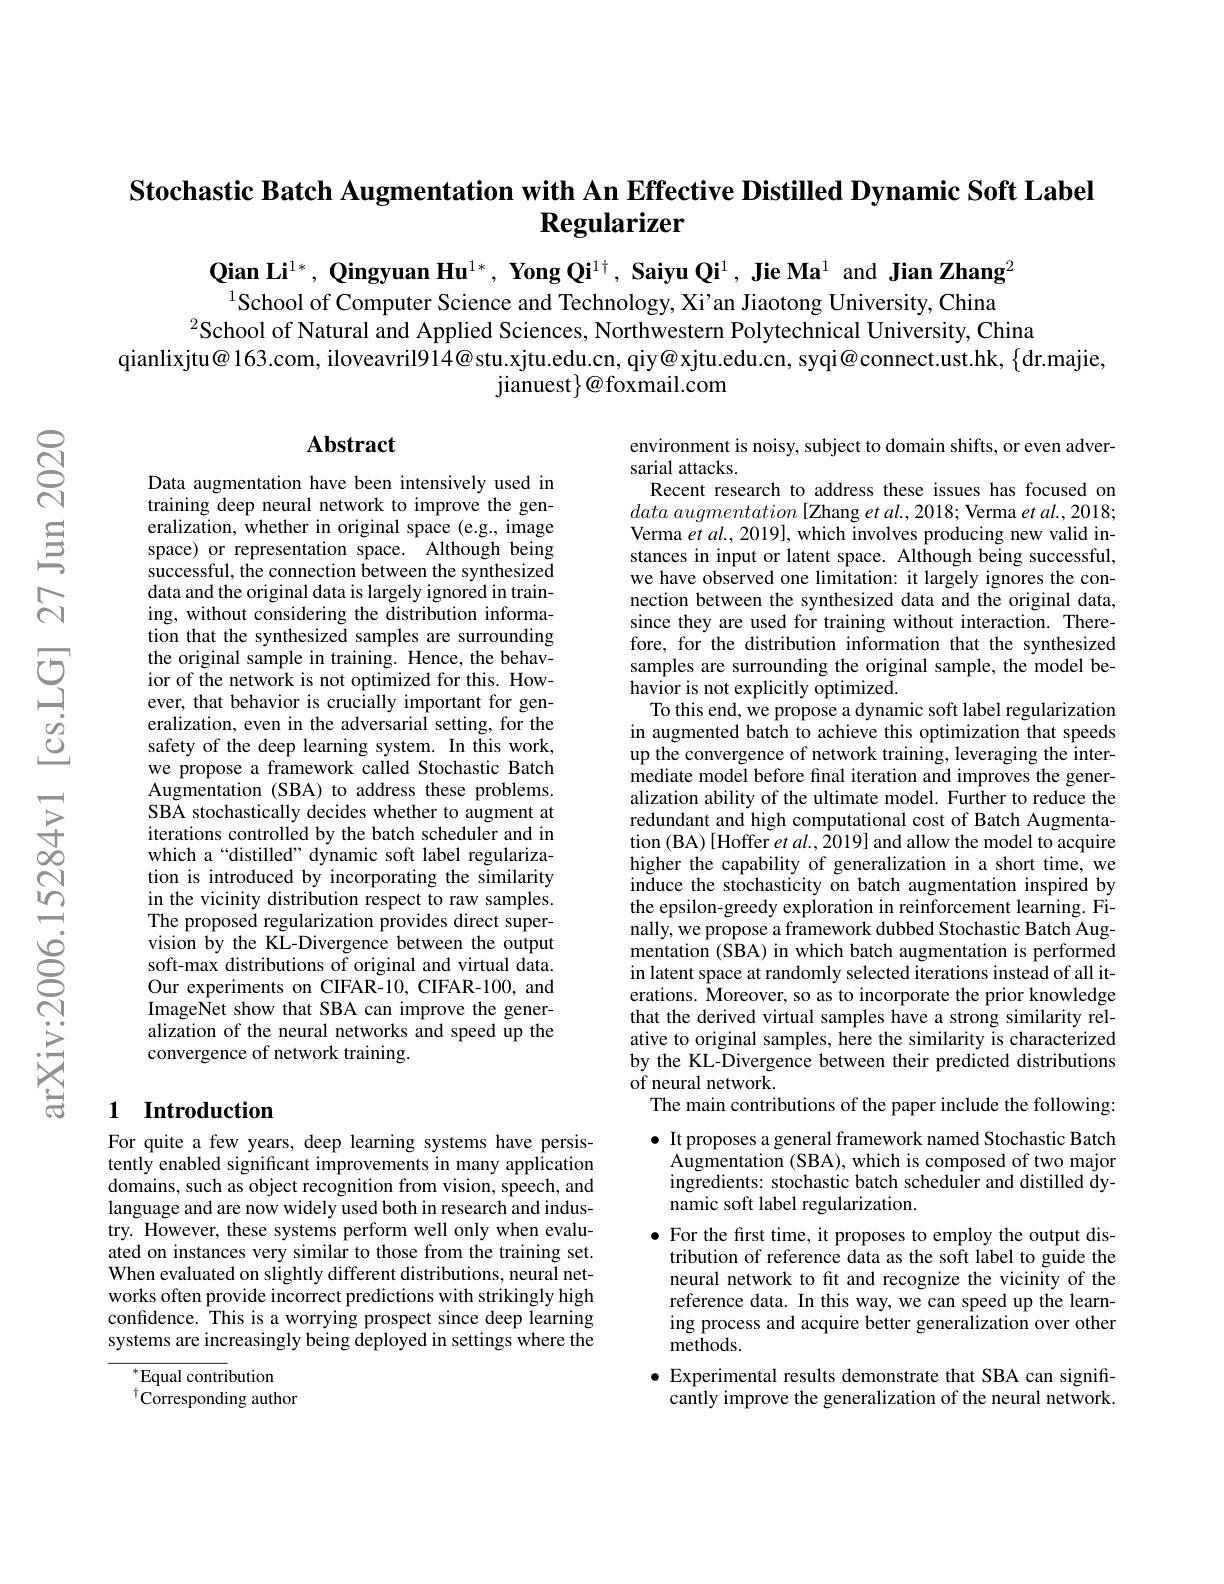
Stochastic Batch Augmentation with An Effective Distilled Dynamic Soft Label
# $\textbf{Regularizer}$

$\textbf{Qian Li}^{1*},\textbf{ Qingyuan Hu}^{1*},\textbf{ Yong Qi}^{1\dagger},\textbf{ Saiyu Qi}^{1},\textbf{ Jie Ma}^{1}$ and Jian Zhang$^2$ $^{1}$School of Computer Science and Technology, Xi’an Jiaotong University, China
$^{2}$School of Natural and Applied Sciences, Northwestern Polytechnical University, China
qianlixjtu@ 163.com, iloveavril914@stu.xjtu.edu.cn, qiy@xjtu.edu.cn, syqi@connect.ust.hk, $\{$dr.majie,
jianuest$\}@$foxmail.com

## Abstract

Data augmentation have been intensively used in training deep neural network to improve the generalization, whether in original space (e.g., image space) or representation space. Although being successful, the connection between the synthesized data and the original data is largely ignored in training, without considering the distribution information that the synthesized samples are surrounding the original sample in training. Hence, the behavior of the network is not optimized for this. However, that behavior is crucially important for generalization, even in the adversarial setting, for the safety of the deep learning system. In this work, we propose a framework called Stochastic Batch Augmentation (SBA) to address these problems. SBA stochastically decides whether to augment at iterations controlled by the batch scheduler and in which a“distilled” dynamic soft label regularization is introduced by incorporating the similarity in the vicinity distribution respect to raw samples. The proposed regularization provides direct supervision by the KL-Divergence between the output soft-max distributions of original and virtual data. Our experiments on CIFAR-10, CIFAR-100, and ImageNet show that SBA can improve the generalization of the neural networks and speed up the convergence of network training.

environment is noisy, subject to domain shifts, or even adver-
sarial attacks.
Recent research to address these issues has focused on $data\textit{ augmentation [ Zhang et al. , 2018; Verma et al. , 2018; }$ Verma $etal.,2019]$, which involves producing new valid instances in input or latent space. Although being successful, we have observed one limitation: it largely ignores the connection between the synthesized data and the original data, since they are used for training without interaction. Therefore, for the distribution information that the synthesized samples are surrounding the original sample, the model behavior is not explicitly optimized.
To this end, we propose a dynamic soft label regularization in augmented batch to achieve this optimization that speeds up the convergence of network training, leveraging the intermediate model before fnal iteration and improves the generalization ability of the ultimate model. Further to reduce the redundant and high computational cost of Batch Augmentation (BA) [Hoffer et al., 2019] and allow the model to acquire higher the capability of generalization in a short time, we induce the stochasticity on batch augmentation inspired by the epsilon-greedy exploration in reinforcement learning. Finally, we propose a framework dubbed Stochastic Batch Augmentation (SBA) in which batch augmentation is performed in latent space at randomly selected iterations instead of all iterations. Moreover, so as to incorporate the prior knowledge that the derived virtual samples have a strong similarity relative to original samples, here the similarity is characterized by the KL-Divergence between their predicted distributions of neural network.
The main contributions of the paper include the following: $\bullet$ It proposes a general framework named Stochastic Batch

## 1 Introduction

Augmentation (SBA), which is composed of two major

ingredients: stochastic batch scheduler and distilled dy-

namic soft label regularization.

$\bullet$ For the first time, it proposes to employ the output dis-

For quite a few years, deep learning systems have persistently enabled significant improvements in many application domains, such as object recognition from vision, speech, and language and are now widely used both in research and industry. However, these systems perform well only when evaluated on instances very similar to those from the training set. When evaluated on slightly different distributions, neural networks often provide incorrect predictions with strikingly high confdence. This is a worrying prospect since deep learning systems are increasingly being deployed in settings where the

tribution of reference data as the soft label to guide the

neural network to ft and recognize the vicinity of the

reference data. In this way, we can speed up the learn-

ing process and acquire better generalization over other

$\tilde{\mathrm{methods.}}$

$\bullet$ Experimental results demonstrate that SBA can signifi-

$\overline{{^*\text{Equal contri}}}$bution
$^{\dagger}{\mathrm{Corresponding~author}}$

cantly improve the generalization of the neural network.